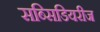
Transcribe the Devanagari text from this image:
सब्सिडियरीज